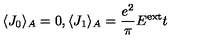
\langle J _ { 0 } \rangle _ { A } = 0 , \langle J _ { 1 } \rangle _ { A } = \frac { e ^ { 2 } } { \pi } E ^ { \mathrm { e x t } } t